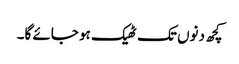
کچھ دنوں تک ٹھیک ہو جائے گا۔